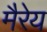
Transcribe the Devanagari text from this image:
मैरेय